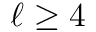
\ell \geq 4